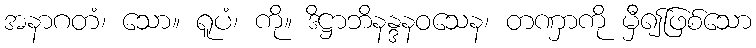
အနာဂတံ၊ သော။ ရူပံ၊ ကို။ ဒိဋ္ဌာဘိနန္ဒနဝသေန၊ တဏှာကို မှီ၍ဖြစ်သော